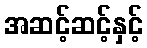
အဆင့်ဆင့်နှင့်